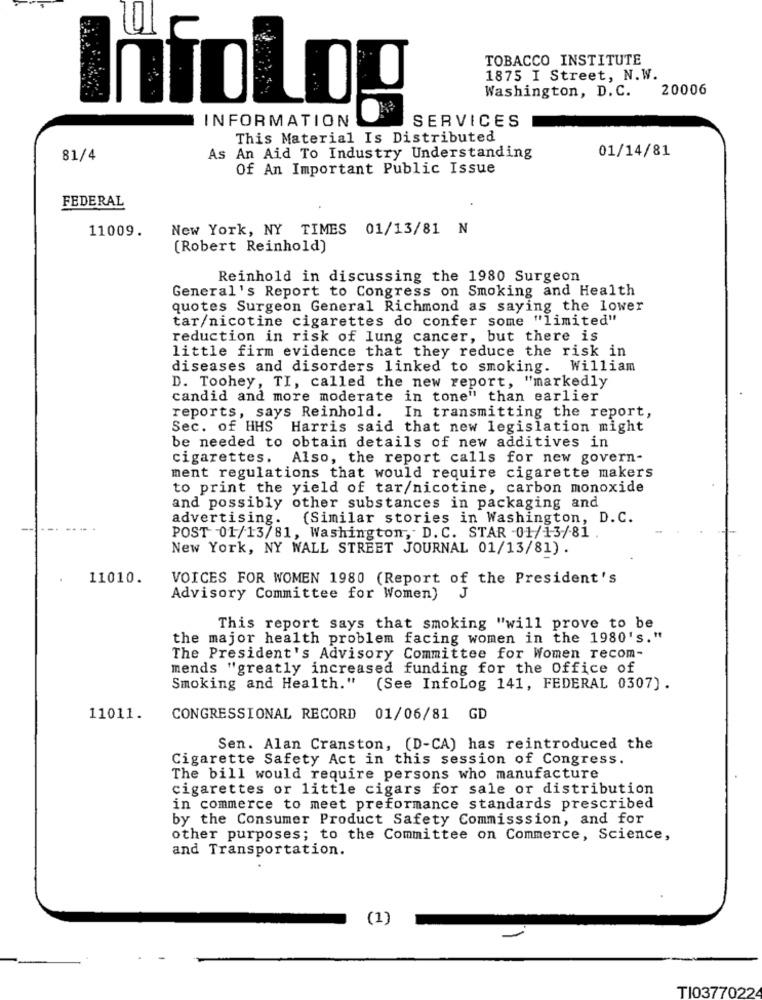
TOBACCO INSTITUTE
1875 I Street, N.W.
Washington, D.C. 20006
InfoLog
INFORMATION
SERVICES
This Material Is Distributed
01/14/81
81/4
As An Aid To Industry Understanding
Of An Important Public Issue
FEDERAL
11009.
New York, NY TIMES 01/13/81 N
(Robert Reinhold)
Reinhold in discussing the 1980 Surgeon
General's Report to Congress on Smoking and Health
quotes Surgeon General Richmond as saying the lower
tar/nicotine cigarettes do confer some "limited"
reduction in risk of lung cancer, but there is
little firm evidence that they reduce the risk in
diseases and disorders linked to smoking. William
D. Toohey, TI, called the new report, "markedly
candid and more moderate in tone" than earlier
reports, says Reinhold. In transmitting the report,
Sec. of HHS Harris said that new legislation might
be needed to obtain details of new additives in
cigarettes. Also, the report calls for new govern-
ment regulations that would require cigarette makers
to print the yield of tar/nicotine, carbon monoxide
and possibly other substances in packaging and
advertising.
(Similar stories in Washington, D. C.
POST 01/13/81, Washington, D. C. STAR -01/13/81 .
New York, NY WALL STREET JOURNAL 01/13/81) .
11010.
VOICES FOR WOMEN 1980 (Report of the President's
Advisory Committee for Women)
J
This report says that smoking "will prove to be
the major health problem facing women in the 1980's."
The President's Advisory Committee for Women recom-
mends "greatly increased funding for the Office of
Smoking and Health."
(See InfoLog 141, FEDERAL 0307).
11011.
CONGRESSIONAL RECORD 01/06/81 GD
Sen. Alan Cranston, (D-CA) has reintroduced the
Cigarette Safety Act in this session of Congress.
The bill would require persons who manufacture
cigarettes or little cigars for sale or distribution
in commerce to meet preformance standards prescribed
by the Consumer Product Safety Commisssion, and for
other purposes; to the Committee on Commerce, Science,
and Transportation.
(1)
TI0377022